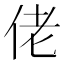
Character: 佬